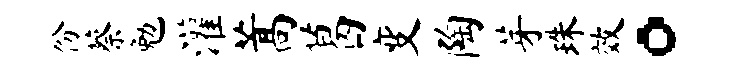
份蔡勉灌蒿葛变陶芽珠效。